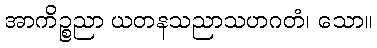
အာကိဉ္စညာ ယတနသညာသဟဂတံ၊ သော။